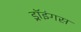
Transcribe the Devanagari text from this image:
ड्रॉइंगस